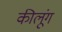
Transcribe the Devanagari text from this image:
कीलूंग